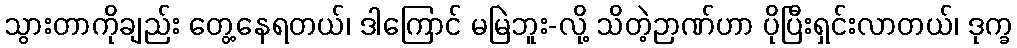
သွားတာကိုချည်း တွေ့နေရတယ်၊ ဒါကြောင် မမြဲဘူး-လို့ သိတဲ့ဉာဏ်ဟာ ပိုပြီးရှင်းလာတယ်၊ ဒုက္ခ